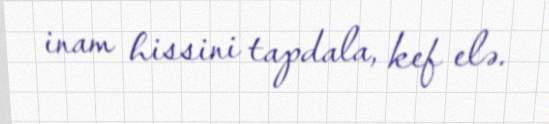
inam hissini tapdala, kef elə.